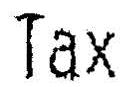
TAX